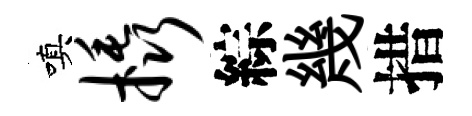
嗔橇綜幾措